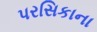
પરસિકાના